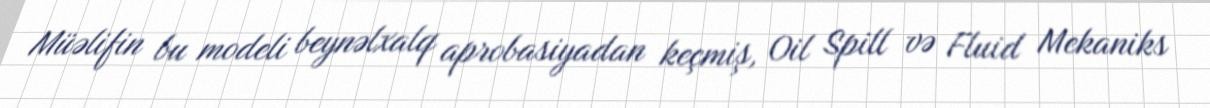
Müəlifin bu modeli beynəlxalq aprobasiyadan keçmiş, Oil Spill və Fluid Mekaniks